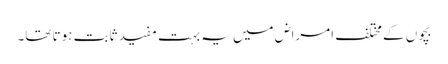
بچوں کے مختلف امراض میں یہ بہت مفید ثابت ہوتا تھا۔